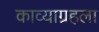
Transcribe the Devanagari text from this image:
काव्याग्रहला